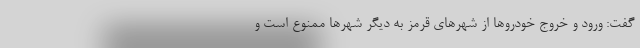
گفت: ورود و خروج خودروها از شهرهای قرمز به دیگر شهرها ممنوع است و